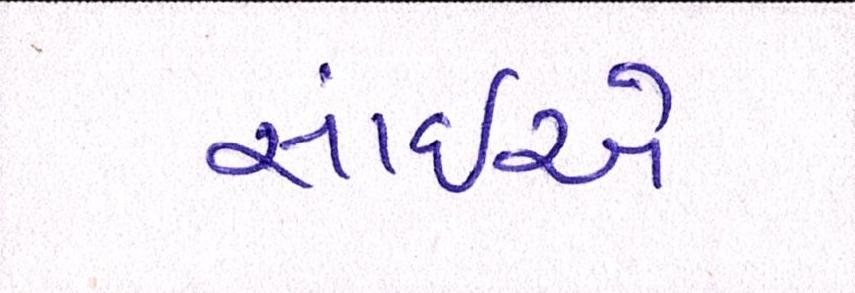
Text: સાંઈએ